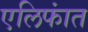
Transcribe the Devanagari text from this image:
एलिफांत